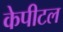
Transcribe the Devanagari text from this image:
केपीटल